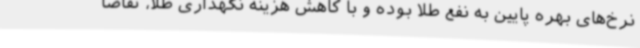
نرخ‌های بهره پایین به نفع طلا بوده و با کاهش هزینه نگهداری طلا، تقاضا